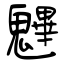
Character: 魓